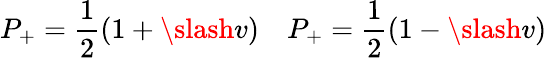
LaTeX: P_{+}=\frac{1}{2}(1+\slash{v})\quad P_{+}=\frac{1}{2}(1-\slash{v})